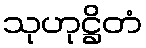
သုဟုဋ္ဌိတံ